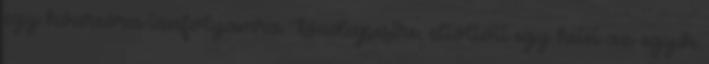
egy kvarcóra tanfolyamra Budapestre, eltöltött egy hetet az egyik